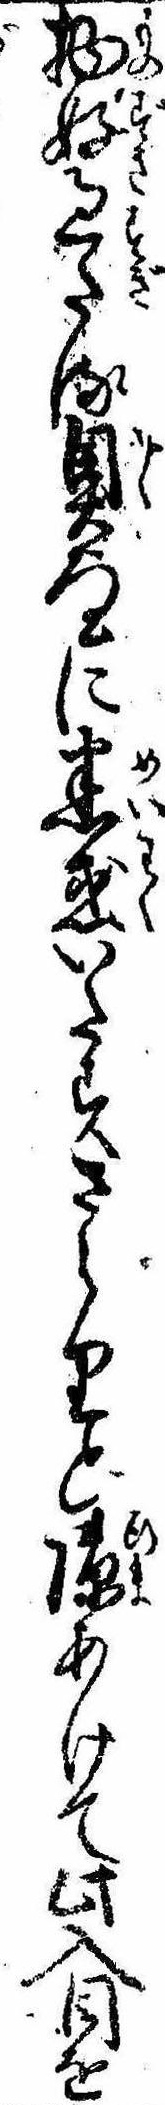
物好過たる奥に迷惑いたすさらりとあけて此入目を